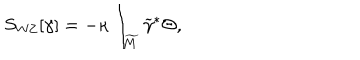
S _ { \mathrm { W Z } } [ \gamma ] = - \kappa \int _ { \widetilde M } \widetilde \gamma ^ { * } \Theta ,